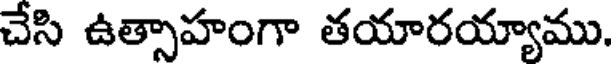
చేసి ఉత్సాహంగా తయారయ్యాము.